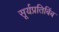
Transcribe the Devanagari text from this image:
सूर्यप्रतिबिंब